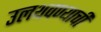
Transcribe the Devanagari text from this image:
उलथवण्याची